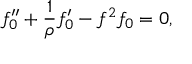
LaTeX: f _ { 0 } ^ { \prime \prime } + \frac 1 \rho f _ { 0 } ^ { \prime } - f ^ { 2 } f _ { 0 } = 0 ,